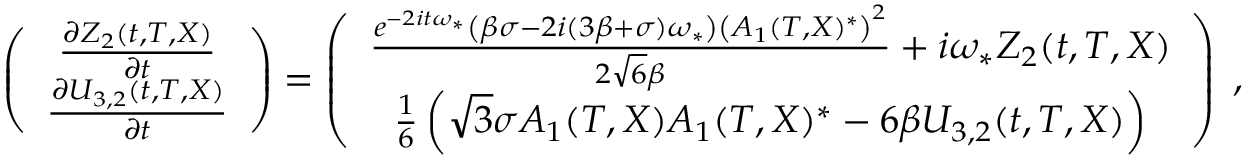
\begin{array} { r } { \left( \begin{array} { c } { \frac { \partial Z _ { 2 } ( t , T , X ) } { \partial t } } \\ { \frac { \partial U _ { 3 , 2 } ( t , T , X ) } { \partial t } } \end{array} \right) = \left( \begin{array} { c } { \frac { e ^ { - 2 i t \omega _ { * } } \left( \beta \sigma - 2 i ( 3 \beta + \sigma ) \omega _ { * } \right) \left( A _ { 1 } ( T , X ) ^ { * } \right) ^ { 2 } } { 2 \sqrt { 6 } \beta } + i \omega _ { * } Z _ { 2 } ( t , T , X ) } \\ { \frac { 1 } { 6 } \left( \sqrt { 3 } \sigma A _ { 1 } ( T , X ) A _ { 1 } ( T , X ) ^ { * } - 6 \beta U _ { 3 , 2 } ( t , T , X ) \right) } \end{array} \right) \; , } \end{array}